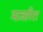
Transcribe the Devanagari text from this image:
माजारिटा